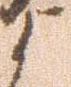
よ